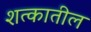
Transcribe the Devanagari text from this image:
शत्कातील